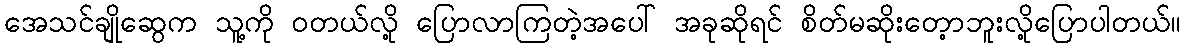
အေသင်ချိုဆွေက သူ့ကို ဝတယ်လို့ ပြောလာကြတဲ့အပေါ် အခုဆိုရင် စိတ်မဆိုးတေ့ာဘူးလို့ပြောပါတယ်။